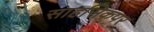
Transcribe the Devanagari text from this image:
साहसिकपर